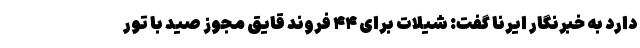
دارد به خبرنگار ایرنا گفت: شیلات برای ۴۴ فروند قایق مجوز صید با تور